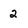
Character: 2